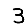
Digit: 3